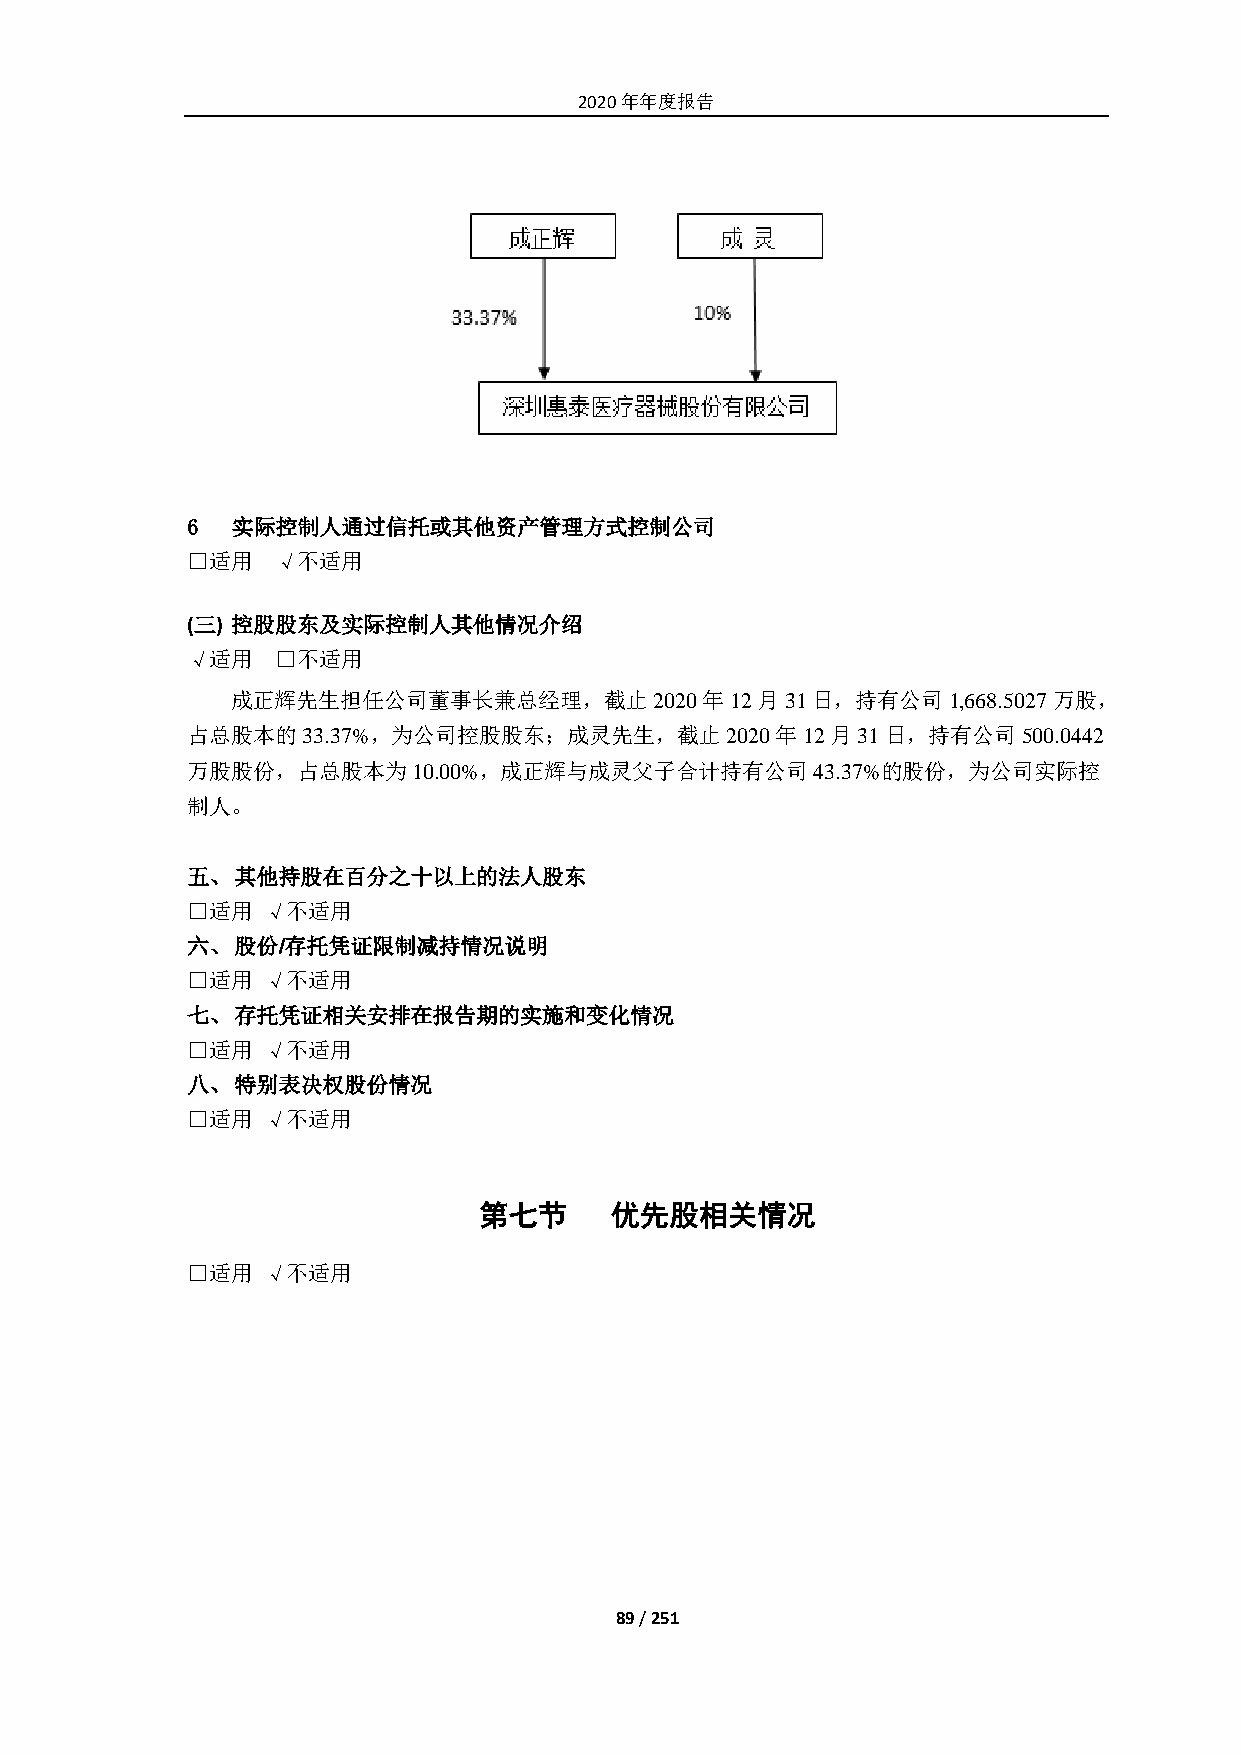
2020年年度报告
 6  实际控制人通过信托或其他资产管理方式控制公司
 □适用   √不适用
 (三) 控股股东及实际控制人其他情况介绍
 √适用   □不适用
 成正辉先生担任公司董事长兼总经理，截止2020年12月31日，持有公司1,668.5027万股，
 占总股本的33.37%，为公司控股股东；成灵先生，截止2020年12月31日，持有公司500.0442
 万股股份，占总股本为10.00%，成正辉与成灵父子合计持有公司43.37%的股份，为公司实际控
 制人。
 五、  其他持股在百分之十以上的法人股东
 □适用  √不适用
 六、  股份/存托凭证限制减持情况说明
 □适用  √不适用
 七、  存托凭证相关安排在报告期的实施和变化情况
 □适用  √不适用
 八、  特别表决权股份情况
 □适用  √不适用
 第七节     优先股相关情况
 □适用  √不适用
 89 / 251